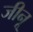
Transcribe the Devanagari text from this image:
जीनू